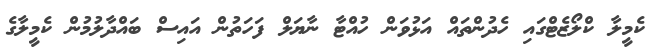
ކެމީލާ ކްލޯޒެޓްގައި ހެދުންތައް އަޅުވަން ހުއްޓާ ނާޔަލް ފަހަތުން އައިސް ބައްދާލުމުން ކެމީލާގެ